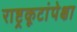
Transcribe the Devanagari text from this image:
राष्ट्रकूटांपेक्षा